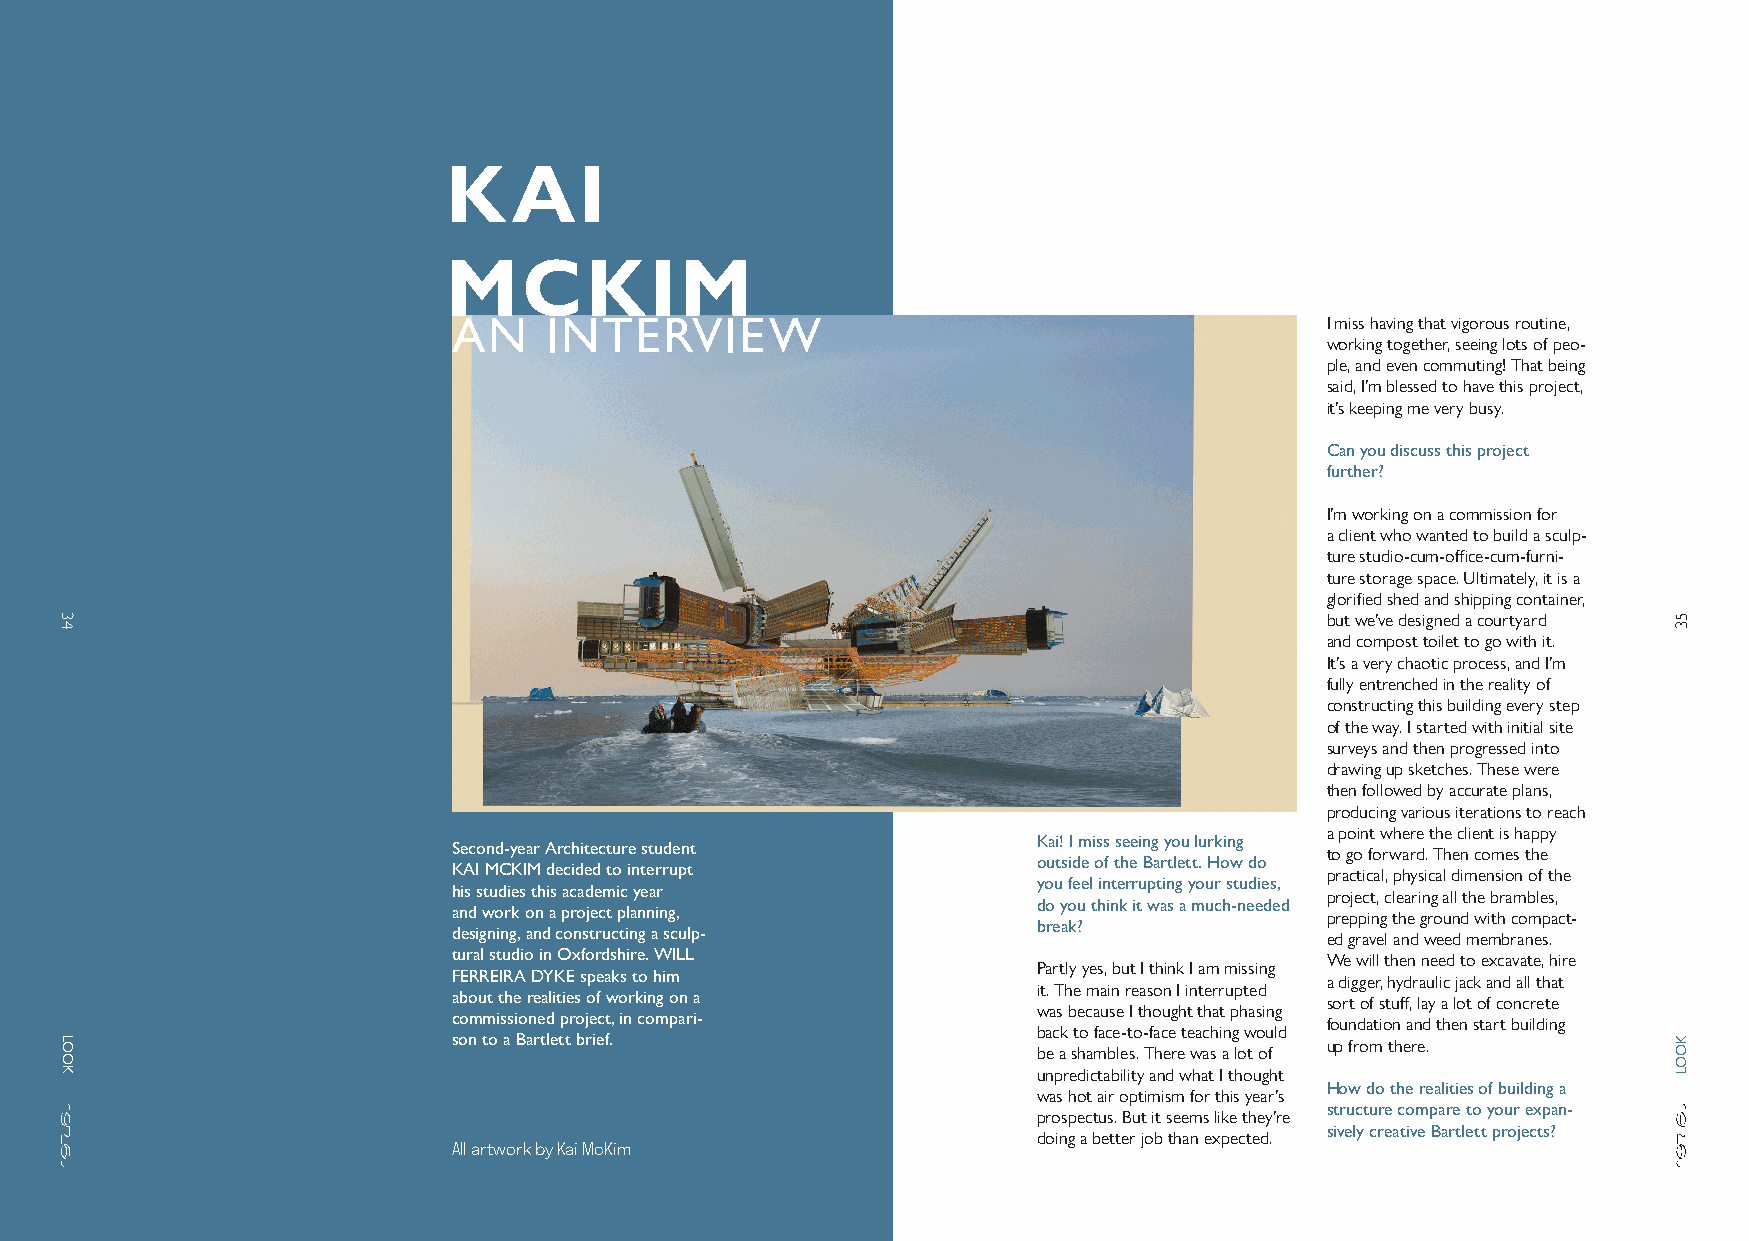
LOOK INTERVIEW
 KAI
 MCKIM
 AN    INTERVIEW                                           I miss having that vigorous routine,
 working together, seeing lots of peo-
 ple, and even commuting! That being
 said, I’m blessed to have this project,
 it’s keeping me very busy.
 Can you discuss this project
 further?
 I’m working on a commission for
 a client who wanted to build a sculp-
 ture studio-cum-office-cum-furni-
 ture storage space. Ultimately, it is a
 glorified shed and shipping container,
 but we’ve designed a courtyard
 and compost toilet to go with it.
 It’s a very chaotic process, and I’m
 fully entrenched in the reality of
 constructing this building every step
 of the way. I started with initial site
 surveys and then progressed into
 drawing up sketches. These were
 then followed by accurate plans,
 producing various iterations to reach
 a point where the client is happy
 Kai! I miss seeing you lurking
 Second-year Architecture student                          to go forward. Then comes the
 outside of the Bartlett. How do
 KAI MCKIM decided to interrupt                            practical, physical dimension of the
 you feel interrupting your studies,
 his studies this academic year                            project, clearing all the brambles,
 do you think it was a much-needed
 and work on a project planning,                           prepping the ground with compact-
 break?
 designing, and constructing a sculp-                      ed gravel and weed membranes.
 tural studio in Oxfordshire. WILL                         We will then need to excavate, hire
 Partly yes, but I think I am missing
 FERREIRA DYKE speaks to him                               a digger, hydraulic jack and all that
 it. The main reason I interrupted
 about the realities of working on a                       sort of stuff, lay a lot of concrete
 was because I thought that phasing
 commissioned project, in compari-                         foundation and then start building
 back to face-to-face teaching would
 son to a Bartlett brief.                                  up from there.
 be a shambles. There was a lot of
 unpredictability and what I thought
 How do the realities of building a
 was hot air optimism for this year’s
 structure compare to your expan-
 prospectus. But it seems like they’re
 sively creative Bartlett projects?
 doing a better job than expected.
 All artwork by Kai McKim
 34
 LOOK
 53
 KOOL